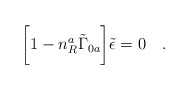
\begin{align*}\biggl[ 1 - n_R^a\tilde\Gamma_{0a}\biggr] \tilde\epsilon = 0\quad .\end{align*}